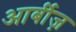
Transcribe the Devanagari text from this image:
आर्बीज़